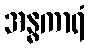
အန္ဓကာရံ